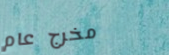
مخرج عام